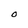
Character: O